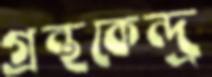
গ্রন্থকেন্দ্র